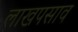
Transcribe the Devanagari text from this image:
लाखपसाव